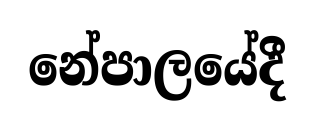
නේපාලයේදී